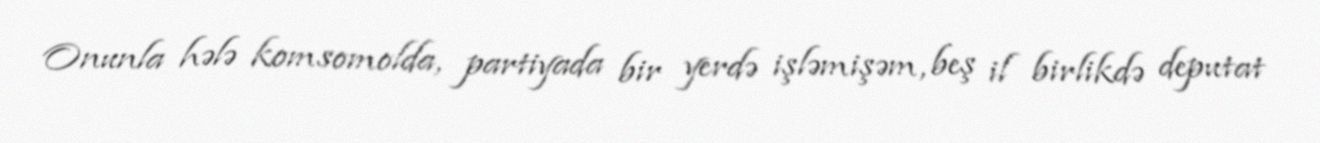
Onunla hələ komsomolda, partiyada bir yerdə işləmişəm, beş il birlikdə deputat